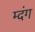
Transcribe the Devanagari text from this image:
म्दंग